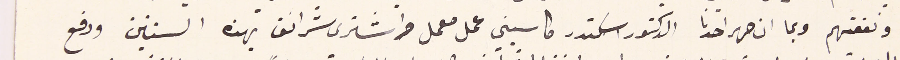
ونفعتهم وبما ان صهر احدنا الدكتور اسكندر كاسيني عمل معمل واشترى شرانق بهذه السنتين ودفع